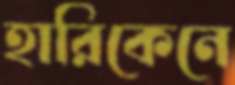
হারিকেনে